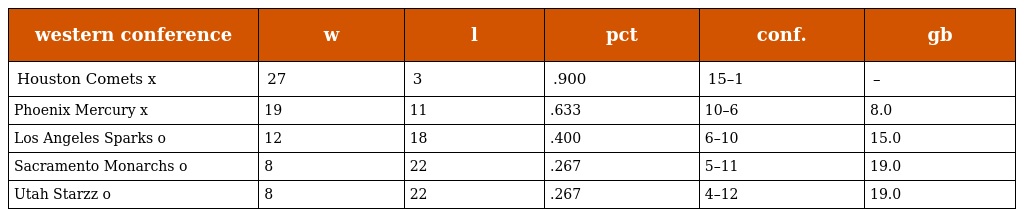
| western conference | w | l | pct | conf. | gb |
 | --- | --- | --- | --- | --- | --- |
 | Houston Comets x | 27 | 3 | .900 | 15–1 | – |
 | Phoenix Mercury x | 19 | 11 | .633 | 10–6 | 8.0 |
 | Los Angeles Sparks o | 12 | 18 | .400 | 6–10 | 15.0 |
 | Sacramento Monarchs o | 8 | 22 | .267 | 5–11 | 19.0 |
 | Utah Starzz o | 8 | 22 | .267 | 4–12 | 19.0 |